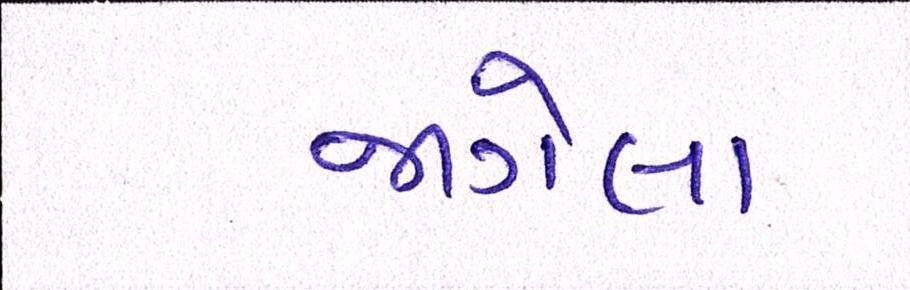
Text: જાગેલા